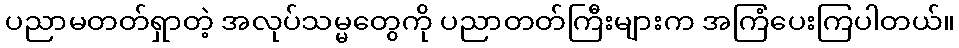
ပညာမတတ်ရှာတဲ့ အလုပ်သမ္မတွေကို ပညာတတ်ကြီးများက အကြံပေးကြပါတယ်။